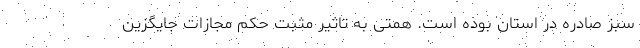
سبز صادره در استان بوده است. همتی به تاثیر مثبت حکم مجازات جایگزین